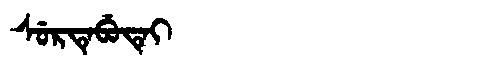
Manchu: ᠰᡠᡵᡨᡝᠪᡠᡨᡝᡳ
Romanization: SURTEBUTEI